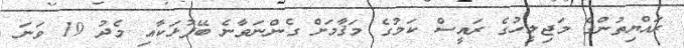
ރައްޔިތުންގެ މަޖިލީހުގެ ރައީސް ކަމުގެ މަޤާމަށް ގެންނަވާނެ ބޭފުޅަކާއި މެދު 19 ވަނަ